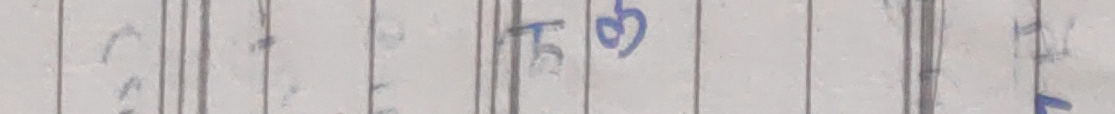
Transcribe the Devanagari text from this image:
५७